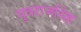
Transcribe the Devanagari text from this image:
युवराजसिंह